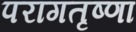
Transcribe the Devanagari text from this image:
परागतृष्णा